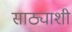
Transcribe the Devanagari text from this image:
साठ्याशी